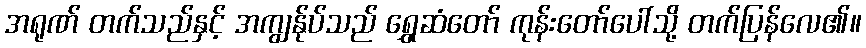
အရုဏ် တက်သည်နှင့် အကျွန်ုပ်သည် ရွှေဆံတော် ကုန်းတော်ပေါ်သို့ တက်ပြန်လေ၏။